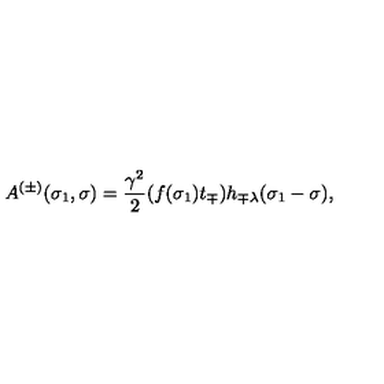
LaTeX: A ^ { ( \pm ) } ( \sigma _ { 1 } , \sigma ) = \frac { \gamma ^ { 2 } } { 2 } ( f ( \sigma _ { 1 } ) t _ { \mp } ) h _ { \mp \lambda } ( \sigma _ { 1 } - \sigma ) ,